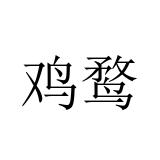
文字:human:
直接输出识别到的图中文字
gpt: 鸡鹜